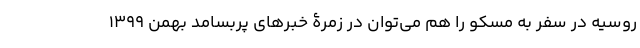
روسیه در سفر به مسکو را هم می‌توان در زمرۀ خبرهای پربسامد بهمن 1399